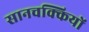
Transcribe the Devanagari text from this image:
सानचक्कियों